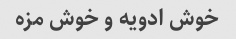
خوش ادویه و خوش مزه